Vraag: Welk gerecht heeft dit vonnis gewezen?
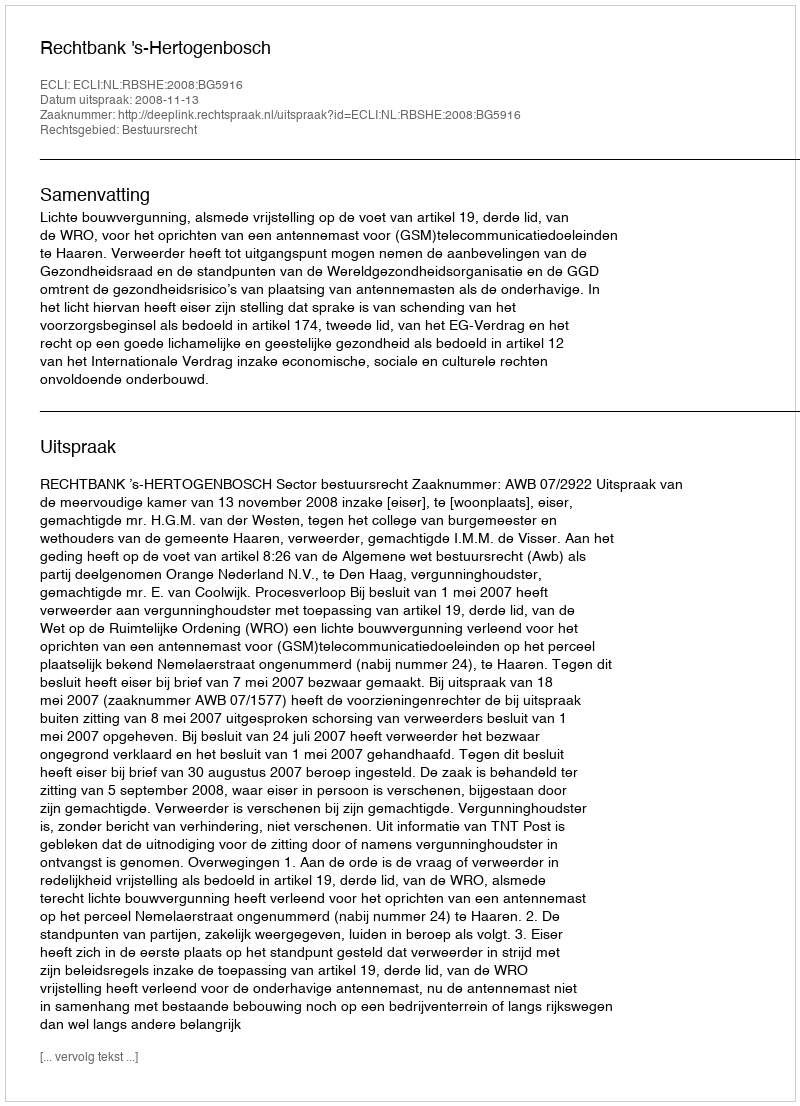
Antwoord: Rechtbank 's-Hertogenbosch